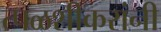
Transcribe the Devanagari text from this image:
त्पळशीकरांनी